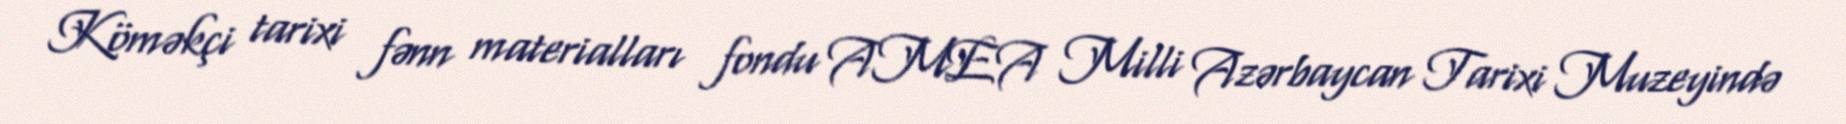
Köməkçi tarixi fənn materialları fondu AMEA Milli Azərbaycan Tarixi Muzeyində